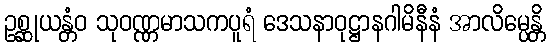
ဥစ္ဆုယန္တံဝ သုဝဏ္ဏမာသကပူရံ ဒေသနာဝုဋ္ဌာနဂါမိနီနံ အာလိမ္ပေန္တိ